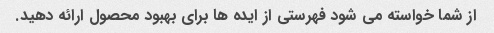
از شما خواسته می شود فهرستی از ایده ها برای بهبود محصول ارائه دهید.